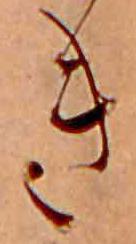
き